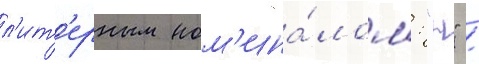
л'ит'ерным ном'ина́лом: "н" /